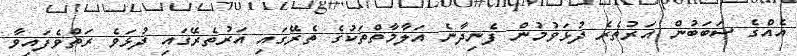
އެއްގެ ސަބަބުން އަރުތެރެ ދުޅަވުމުން ފެނިދާނެ އަލާމާތްތަކުގެ ތެރޭގައި އަރުތެރޭގައި ދުޅަވެ ރަތްވެފައިވާ